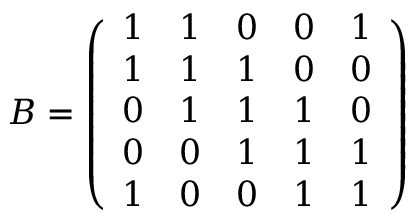
B = \left( \begin{array} { l l l l l } { 1 } & { 1 } & { 0 } & { 0 } & { 1 } \\ { 1 } & { 1 } & { 1 } & { 0 } & { 0 } \\ { 0 } & { 1 } & { 1 } & { 1 } & { 0 } \\ { 0 } & { 0 } & { 1 } & { 1 } & { 1 } \\ { 1 } & { 0 } & { 0 } & { 1 } & { 1 } \end{array} \right)